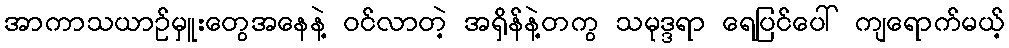
အာကာသယာဉ်မှူးတွေအနေနဲ့ ဝင်လာတဲ့ အရှိန်နဲ့တကွ သမုဒ္ဒရာ ရေပြင်ပေါ် ကျရောက်မယ့်